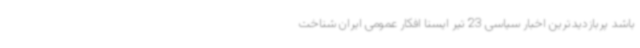
باشد پربازدیدترین اخبار سیاسی 23 تیر ایسنا افکار عمومی ایران شناخت